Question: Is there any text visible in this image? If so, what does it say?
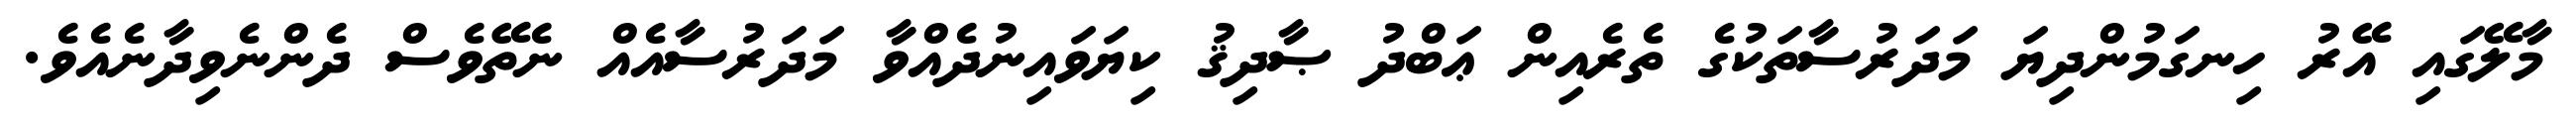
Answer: މާލޭގައި އޭރު ހިނގަމުންދިޔަ މަދަރުސާތަކުގެ ތެރެއިން ޢަބްދު ޞާދިޤު ކިޔަވައިނުދެއްވާ މަދަރުސާއެއް ނެތޭވެސް ދެންނެވިދާނެއެވެ.